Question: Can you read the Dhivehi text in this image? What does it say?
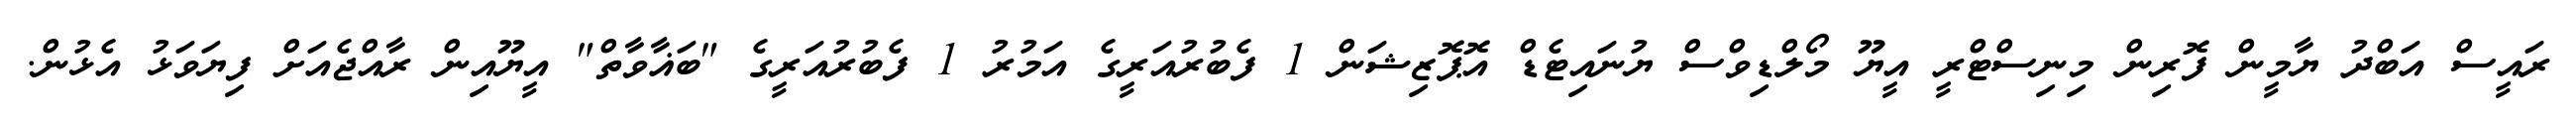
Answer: ރައީސް އަބްދު ޔާމީން ފޮރިން މިނިސްޓްރީ އީޔޫ މޯލްޑިވްސް ޔުނައިޓެޑް އޮޕޮޒިޝަން 1 ފެބުރުއަރީގެ އަމުރު 1 ފެބުރުއަރީގެ "ބަޣާވާތް" އީޔޫއިން ރާއްޖެއަށް ފިޔަވަޅު އެޅުން.